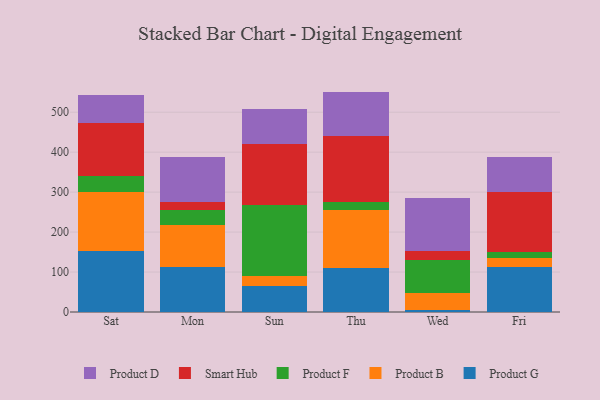
{"axis": {"x": "Day", "y": "Customer Acquisition Cost (USD)"}, "legend": ["Product B", "Product D", "Product F", "Product G", "Smart Hub"], "data": [{"x": "Sat", "y": 152.2, "type": "Product G"}, {"x": "Sat", "y": 148.5, "type": "Product B"}, {"x": "Sat", "y": 40.8, "type": "Product F"}, {"x": "Sat", "y": 132.1, "type": "Smart Hub"}, {"x": "Sat", "y": 70.0, "type": "Product D"}, {"x": "Mon", "y": 112.5, "type": "Product G"}, {"x": "Mon", "y": 105.1, "type": "Product B"}, {"x": "Mon", "y": 37.7, "type": "Product F"}, {"x": "Mon", "y": 21.0, "type": "Smart Hub"}, {"x": "Mon", "y": 112.6, "type": "Product D"}, {"x": "Sun", "y": 64.1, "type": "Product G"}, {"x": "Sun", "y": 26.9, "type": "Product B"}, {"x": "Sun", "y": 177.5, "type": "Product F"}, {"x": "Sun", "y": 152.9, "type": "Smart Hub"}, {"x": "Sun", "y": 87.1, "type": "Product D"}, {"x": "Thu", "y": 109.0, "type": "Product G"}, {"x": "Thu", "y": 146.7, "type": "Product B"}, {"x": "Thu", "y": 20.7, "type": "Product F"}, {"x": "Thu", "y": 163.0, "type": "Smart Hub"}, {"x": "Thu", "y": 112.2, "type": "Product D"}, {"x": "Wed", "y": 5.6, "type": "Product G"}, {"x": "Wed", "y": 40.9, "type": "Product B"}, {"x": "Wed", "y": 84.9, "type": "Product F"}, {"x": "Wed", "y": 20.8, "type": "Smart Hub"}, {"x": "Wed", "y": 132.1, "type": "Product D"}, {"x": "Fri", "y": 111.4, "type": "Product G"}, {"x": "Fri", "y": 24.4, "type": "Product B"}, {"x": "Fri", "y": 13.9, "type": "Product F"}, {"x": "Fri", "y": 150.8, "type": "Smart Hub"}, {"x": "Fri", "y": 88.3, "type": "Product D"}]}